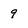
Character: 9